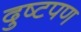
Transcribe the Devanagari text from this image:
दुष्टपण